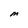
Character: M